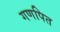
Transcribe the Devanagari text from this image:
गणपित